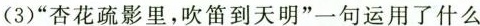
(3)”杏花疏影里，吹笛到天明”一句运用了什么